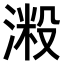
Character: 𣺲